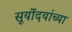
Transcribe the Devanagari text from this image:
सूर्योदयांच्या